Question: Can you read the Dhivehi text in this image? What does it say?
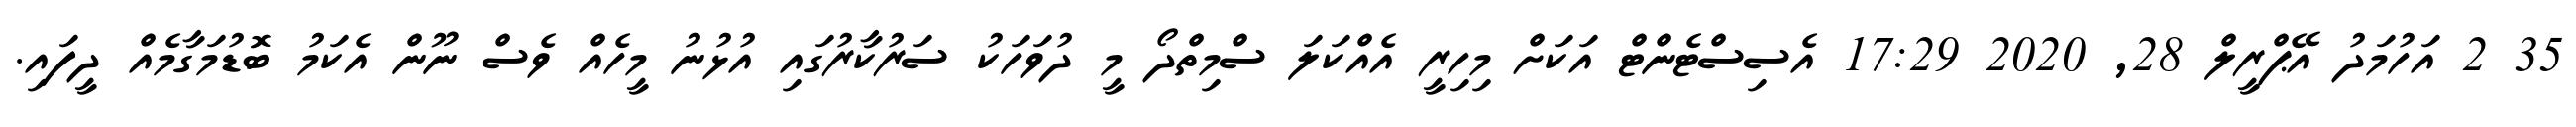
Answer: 35 2 އަހުމަދު އޭޕްރީލް 28, 2020 17:29 އެސިސްޓެންޓް އަކަށް މިހިރީ އެއްކަލަ ސްމިތްދޯ މީ ދުވަހަކު ސަރުކާރުގައި އުޅުނު މީހެއް ވެސް ނޫން އެކަމު ބޮޑުމަގާމެއް ދީފައި.